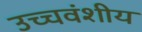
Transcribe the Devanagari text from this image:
उच्चवंशीय